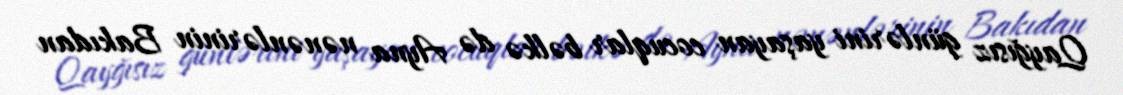
Qayğısız günlərini yaşayan cocuqlar bəlkə də Ayna nənənlərinin Bakıdan